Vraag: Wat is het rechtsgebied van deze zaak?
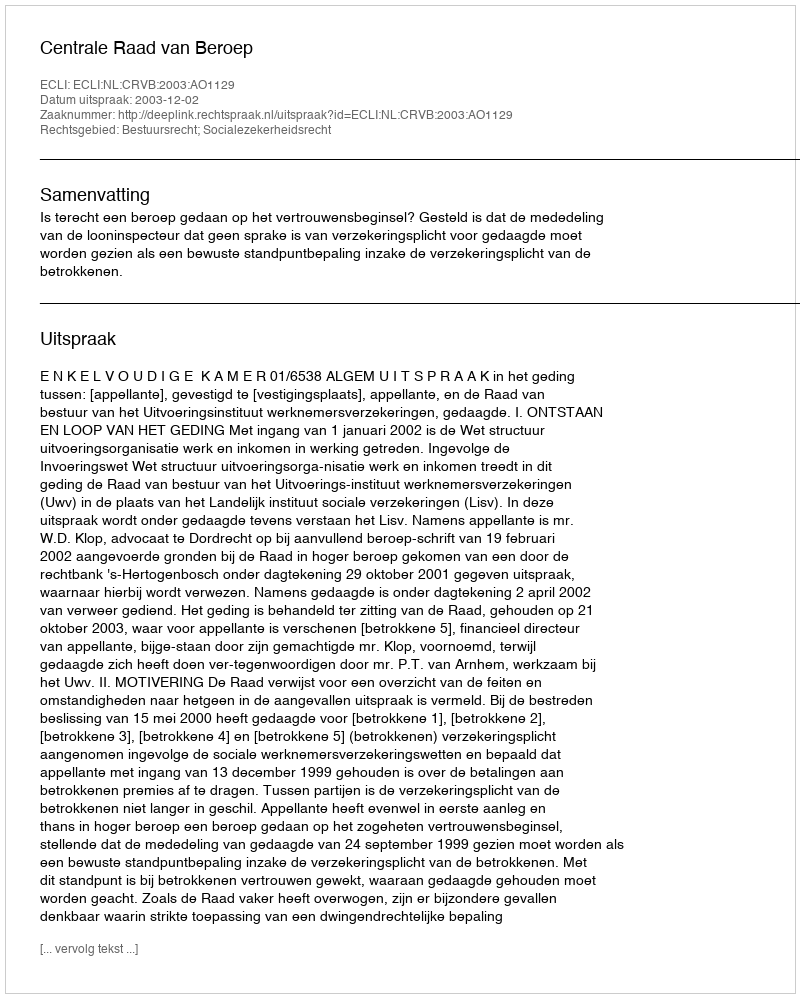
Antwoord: Bestuursrecht; Socialezekerheidsrecht